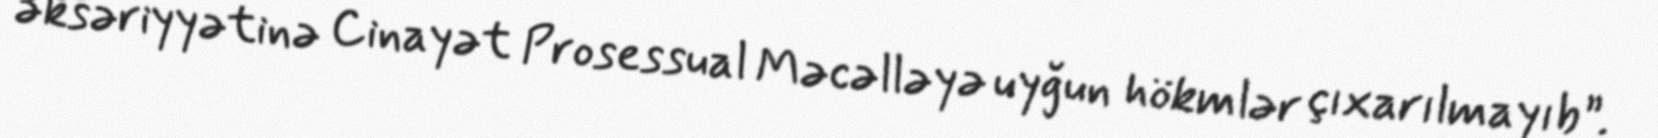
əksəriyyətinə Cinayət Prosessual Məcəlləyə uyğun hökmlər çıxarılmayıb”.